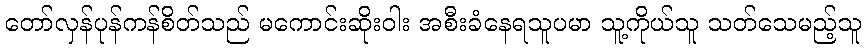
တော်လှန်ပုန်ကန်စိတ်သည် မကောင်းဆိုးဝါး အစီးခံနေရသူပမာ သူ့ကိုယ်သူ သတ်သေမည့်သူ